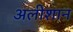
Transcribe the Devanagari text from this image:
अलीशान